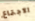
الأجتماع